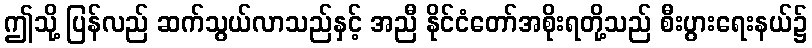
ဤသို့ ပြန်လည် ဆက်သွယ်လာသည်နှင့် အညီ နိုင်ငံတော်အစိုးရတို့သည် စီးပွားရေးနယ်၌